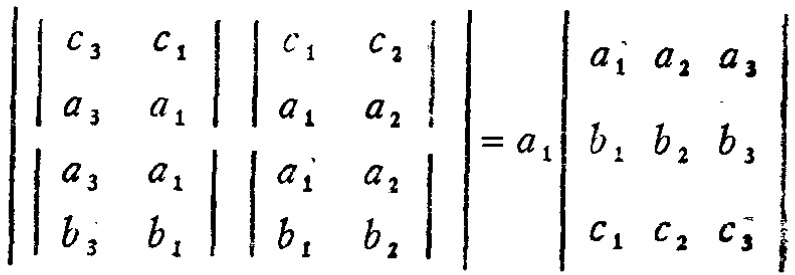
\left|\begin{array}{ll}

c_{3} & c_{1} \\

a_{3} & a_{1}

\end{array}\right|\left|\begin{array}{ll}

c_{1} & c_{2} \\

a_{1} & a_{2}

\end{array}\right|

\left|\begin{array}{ll}

a_{3} & a_{1} \\

b_{3} & b_{1}

\end{array}\right|\left|\begin{array}{ll}

a_{1} & a_{2} \\

b_{1} & b_{2}

\end{array}\right|

=a_{1}\left|\begin{array}{lll}

a_{1} & a_{2} & a_{3} \\

b_{1} & b_{2} & b_{3} \\

c_{1} & c_{2} & c_{3}

\end{array}\right|